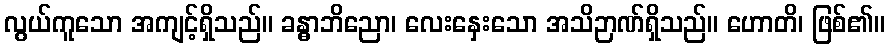
လွယ်ကူသော အကျင့်ရှိသည်။ ခန္ဓာဘိညော၊ လေးနှေးသော အသိဉာဏ်ရှိသည်။ ဟောတိ၊ ဖြစ်၏။